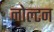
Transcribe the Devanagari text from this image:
नोल्टन